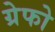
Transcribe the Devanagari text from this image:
ग्रेफो